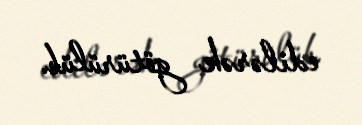
edilərək götürülüb.